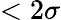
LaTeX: <2\sigma